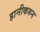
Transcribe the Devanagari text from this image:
हानीकरुन